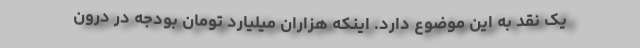
یک نقد به این موضوع دارد. اینکه هزاران میلیارد تومان بودجه در درون